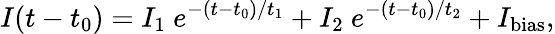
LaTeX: I(t-t_{0})=I_{1}\ e^{-(t-t_{0})/t_{1}}+I_{2}\ e^{-(t-t_{0})/t_{2}}+I_{\textrm{bias}},